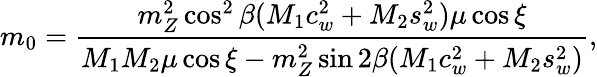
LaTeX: m_{0}={\frac{m_{Z}^{2}\cos^{2}\beta(M_{1}c_{w}^{2}+M_{2}s_{w}^{2})\mu\cos\xi}{M_{1}M_{2}\mu\cos\xi-m_{Z}^{2}\sin{2\beta}(M_{1}c_{w}^{2}+M_{2}s_{w}^{2})}},